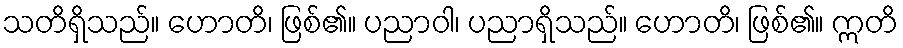
သတိရှိသည်။ ဟောတိ၊ ဖြစ်၏။ ပညာဝါ၊ ပညာရှိသည်။ ဟောတိ၊ ဖြစ်၏။ ဣတိ